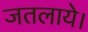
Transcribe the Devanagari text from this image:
जतलाये।